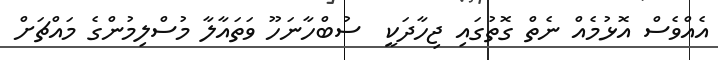
އެއްވެސް އޮޅުމެއް ނެތް ގޮތުގައި ޖިހާދަކީ  ސުބްހާނަހޫ ވަތައާލާ މުސްލިމުންގެ މައްޗަށް